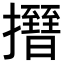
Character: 𢸰